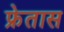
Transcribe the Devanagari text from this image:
फ्रेतास